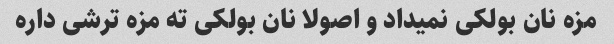
مزه نان بولکی نمیداد و اصولا نان بولکی ته مزه ترشی داره